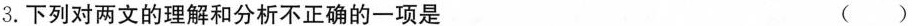
3.下列对两文的理解和分析不正确的一项是 ()